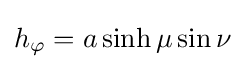
h_{\varphi }=a\sinh \mu \sin \nu